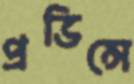
প্রভিন্সে